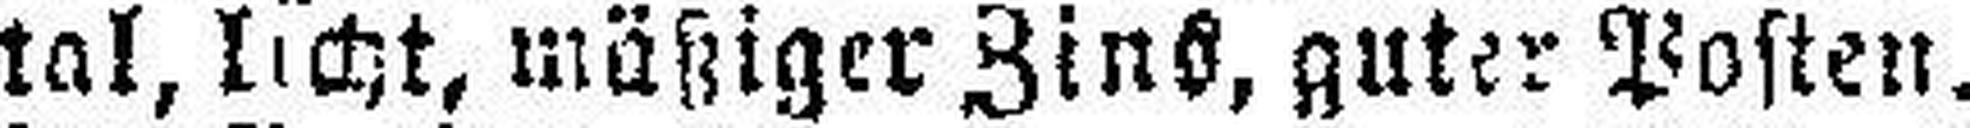
tal, licht, mäßiger Zins, guter Posten.